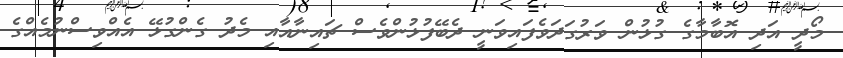
މޯދީ އަދި އޮބާމާގެ ގުޅުން ވަރުގަދަވެފައިވަނީ ދެބޭފުޅުންވެސް ޗައިނާއާއި މެދު ގެންގުޅޭ އެއްވިސްނުމެއްގެ